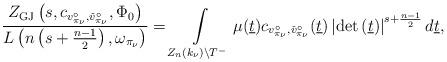
LaTeX: \begin{align*}\frac{Z_{\mathrm{GJ}}\left(s,c_{v_{\pi_{\nu}}^\circ,\check{v}_{\pi_{\nu}}^{\circ}},\Phi_0\right)}{L\left(n\left(s+\frac{n-1}{2}\right),\omega_{\pi_{\nu}}\right)}=\int\limits_{Z_n(k_\nu)\backslash T^-}\mu(\underline{t})c_{v_{\pi_{\nu}}^\circ,\check{v}_{\pi_{\nu}}^{\circ}}(\underline{t})\left|\det \left( \underline{t}\right)\right|^{s+\frac{n-1}{2}}d\underline{t},\end{align*}